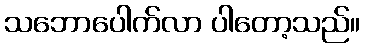
သဘောပေါက်လာ ပါတော့သည်။